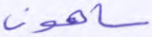
ساهون